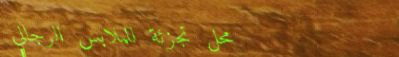
محل تجزئة للملابس الرجالي